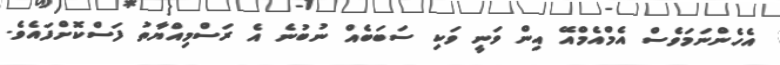
އެހެންނަމަވެސް އެމްއެމްއޭ އިން ވަނީ ވަކި ސަބަބެއް ނުބުނެ އެ ރަސްމިއްޔާތު ފަސްކޮށްފައެވެ.